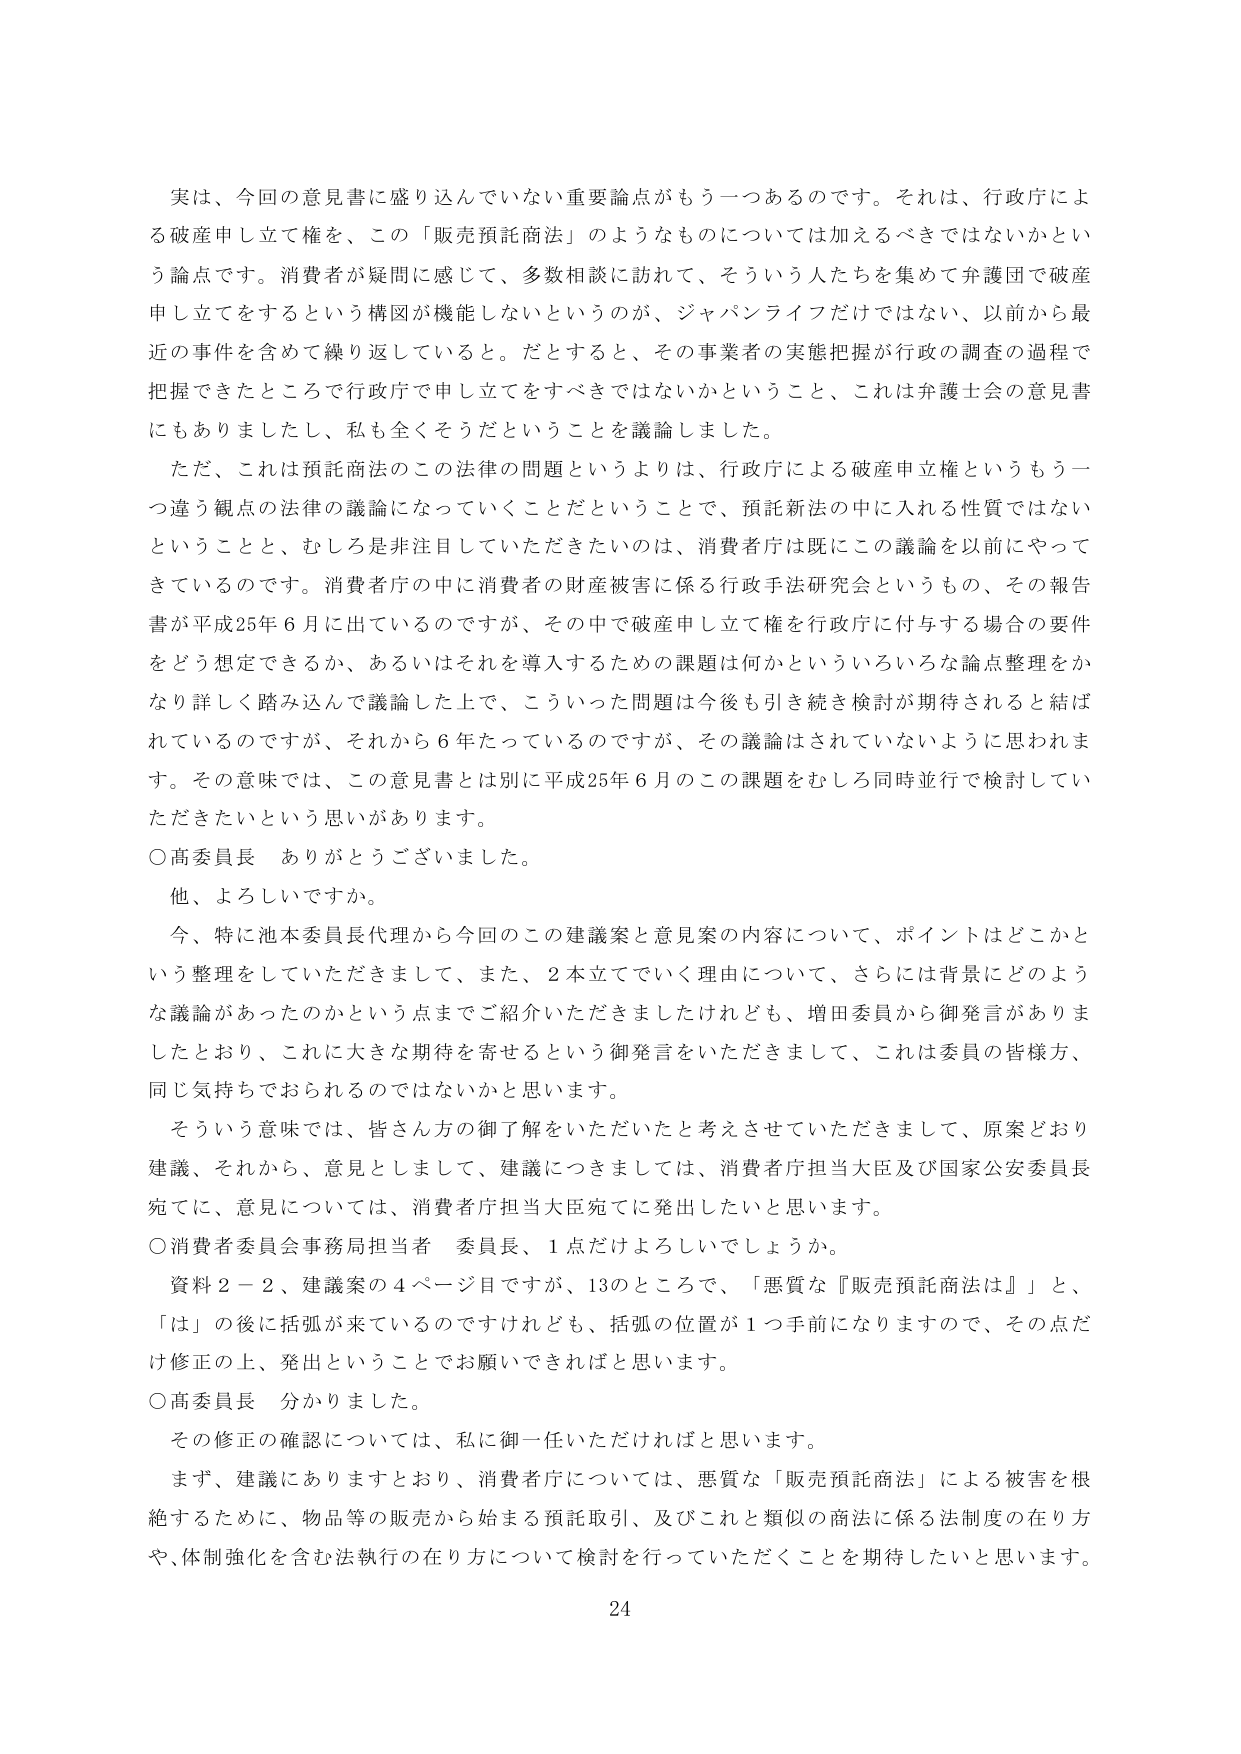
実は、今回の意見書に盛り込んでいない重要論点がもう一つあるのです。それは、行政庁による破産申し立て権を、この「販売預託商法」のようなものについては加えるべきではないかという論点です。消費者が疑問に感じて、多数相談に訪れて、そういう人たちを集めて弁護団で破産申し立てをするという構図が機能しないというのが、ジャパンライフだけではない、以前から最近の事件を含めて繰り返していると。だとすると、その事業者の実態把握が行政の調査の過程で把握できたところで行政庁で申し立てをすべきではないかということ、これは弁護士会の意見書にもありましたし、私も全くそうだということを議論しました。

ただ、これは預託商法のこの法律の問題というよりは、行政庁による破産申立権というもう一つ違う観点の法律の議論になっていくことだということで、預託新法の中に入れる性質ではないということと、むしろ是非注目していただきたいのは、消費者庁は既にこの議論を以前にやってきているのです。消費者庁の中に消費者の財産被害に係る行政手法研究会というもの、その報告書が平成25年6月に出ているのですが、その中で破産申し立て権を行政庁に付与する場合の要件をどう想定できるか、あるいはそれを導入するための課題は何かといういろいろな論点整理をかなり詳しく踏み込んで議論した上で、こういった問題は今後も引き続き検討が期待されると結ばれているのですが、それから6年たっているのですが、その議論はされていないように思われます。その意味では、この意見書とは別に平成25年6月のこの課題をむしろ同時並行で検討していただきたいという思いがあります。

〇高委員長　ありがとうございました。

他、よろしいですか。

今、特に池本委員長代理から今回のこの建議案と意見案の内容について、ポイントはどこかという整理をしていただきましたし、また、2本立てていく理由について、さらには背景にどのような議論があったのかという点までご紹介いただきましたけれども、増田委員から御発言がありましたとおり、これに大きな期待を寄せるという御発言をいただきまして、これは委員の皆様方、同じ気持ちでおられるのではないかと思います。

そういう意味では、皆さん方の御了解をいただいたと考えさせていただきまして、原案どおり建議、それから、意見としまして、建議につきましては、消費者庁担当大臣及び国家公安委員長宛てに、意見については、消費者庁担当大臣宛てに発出したいと思います。

〇消費者委員会事務局担当者　委員長、1点だけよろしいでしょうか。

資料2－2、建議案の4ページ目ですが、13のところで、「悪質な『販売預託商法』」と、「は」の後に括弧が来ているのですけれども、括弧の位置が1つ手前になりますので、その点だけ修正の上、発出ということでお願いできればと思います。

〇高委員長　分かりました。

その修正の確認については、私に御一任いただければと思います。

まず、建議にありますとおり、消費者庁については、悪質な「販売預託商法」による被害を根絶するために、物品等の販売から始まる預託取引、及びこれと類似の商法に係る法制度の在り方や、体制強化を含む法執行の在り方について検討を行っていただくことを期待したいと思います。

24